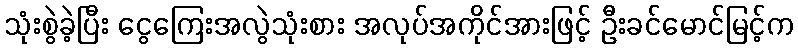
သုံးစွဲခဲ့ပြီး ငွေကြေးအလွဲသုံးစား အလုပ်အကိုင်အားဖြင့် ဦးခင်မောင်မြင့်က